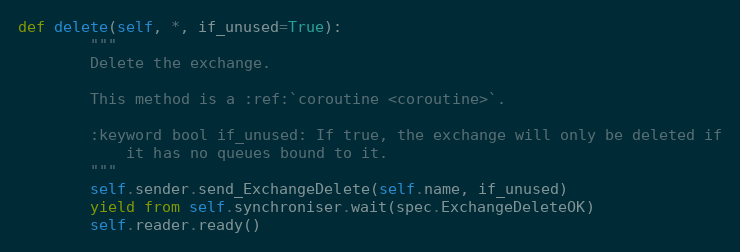
Language: Python
def delete(self, *, if_unused=True):
        """
        Delete the exchange.

        This method is a :ref:`coroutine <coroutine>`.

        :keyword bool if_unused: If true, the exchange will only be deleted if
            it has no queues bound to it.
        """
        self.sender.send_ExchangeDelete(self.name, if_unused)
        yield from self.synchroniser.wait(spec.ExchangeDeleteOK)
        self.reader.ready()